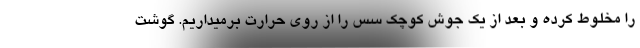
را مخلوط کرده و بعد از یک جوش کوچک سس را از روی حرارت برمیداریم. گوشت